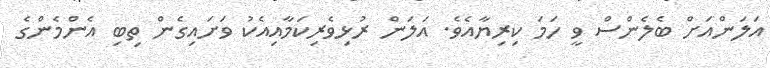
އަލަންއަށް ބެލެންސް ވީ ހަމަ ކިރިޔާއެވެ. އަލަން ރުޅިވެރިކަމާއިއެކު ވަށައިގެން ތިބި އެންމެންގެ